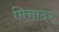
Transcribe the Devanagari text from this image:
मिनादर